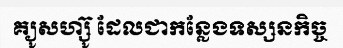
គ្យូសហ្ស៊ូ ដែលជាកន្លែងទស្សនកិច្ច